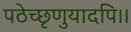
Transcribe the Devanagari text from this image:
पठेच्छृणुयादपि।।